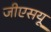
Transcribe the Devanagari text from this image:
जीएसयू